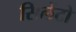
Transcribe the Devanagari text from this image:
सिलेंटो